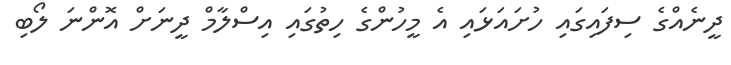
ދީނެއްގެ ސިފައިގައި ހުށައަޅައި އެ މީހުންގެ ހިތުގައި އިސްލާމް ދީނަށް އޮންނަ ލޯބި